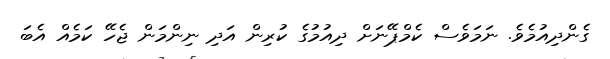
ގެންދިއުމެވެ. ނަމަވެސް ކެމްޕޭނަށް ދިއުމުގެ ކުރިން އަދި ނިންމަން ޖެހޭ ކަމެއް އެބަ